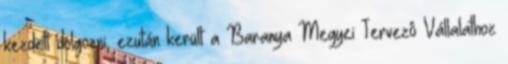
kezdett dolgozni, ezután került a Baranya Megyei Tervezô Vállalathoz